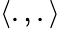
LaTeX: \left<.,.\right>